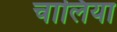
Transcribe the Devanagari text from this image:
चालिया